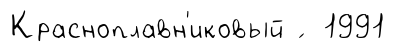
Красноплавн'иковый ́ 1991